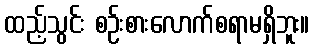
ထည့်သွင်း စဉ်းစားလောက်စရာမရှိဘူး။